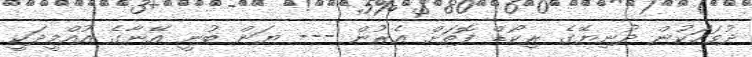
ދުވަހަކުން ދުނިޔޭގެ ރިކޯޑް ފޮތަށް އެރުން --- ޔަން ބުނީ އޭނާގެ އުއްމީދަކީ